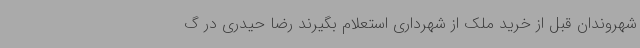
شهروندان قبل از خرید ملک از شهرداری استعلام بگیرند رضا حیدری در گ